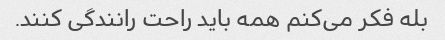
بله فکر می‌کنم همه باید راحت رانندگی کنند.